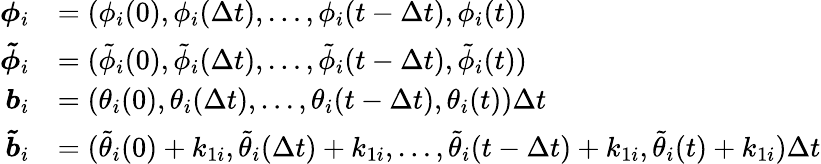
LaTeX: \begin{array}{rl}{\boldsymbol{\phi}_{i}}&{=(\phi_{i}(0),\phi_{i}(\Delta t),\dots,\phi_{i}(t-\Delta t),\phi_{i}(t))}\\ {\boldsymbol{\tilde{\phi}}_{i}}&{=(\tilde{\phi}_{i}(0),\tilde{\phi}_{i}(\Delta t),\dots,\tilde{\phi}_{i}(t-\Delta t),\tilde{\phi}_{i}(t))}\\ {\boldsymbol{b}_{i}}&{=(\theta_{i}(0),\theta_{i}(\Delta t),\dots,\theta_{i}(t-\Delta t),\theta_{i}(t))\Delta t}\\ {\boldsymbol{\tilde{b}}_{i}}&{=(\tilde{\theta}_{i}(0)+k_{1i},\tilde{\theta}_{i}(\Delta t)+k_{1i},\dots,\tilde{\theta}_{i}(t-\Delta t)+k_{1i},\tilde{\theta}_{i}(t)+k_{1i})\Delta t}\end{array}